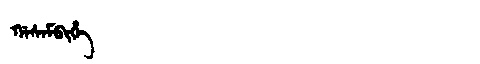
Manchu: ᡤᠠᠰᠠᠮᠪᡳᡥᡝ
Romanization: GASAMBIHE